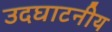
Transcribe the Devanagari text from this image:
उदघाटनीय